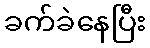
ခက်ခဲနေပြီး